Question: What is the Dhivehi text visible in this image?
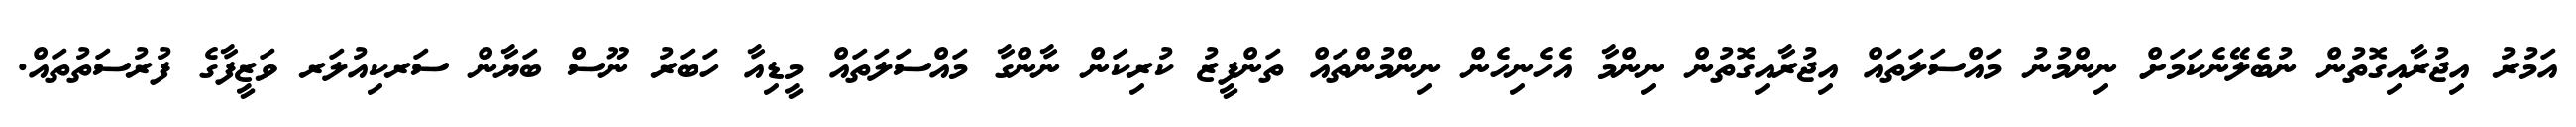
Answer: އަމުރު އިޖުރާއިގޮތުން ނުބެލޭނެކަމަށް ނިންމުނު މައްސަލަތައް އިޖުރާއިގޮތުން ނިންމާ އެހެނިހެން ނިންމުންތައް ތަންފީޒު ކުރިކަން ނާންގާ މައްސަލަތައް މީޑިއާ ހަބަރު ނޫސް ބަޔާން ސަރކިއުލަރ ވަޒީފާގެ ފުރުސަތުތައް.